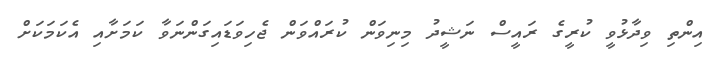
އިންތި ވިދާޅުވީ ކުރީގެ ރައީސް ނަޝީދު މިނިވަން ކުރައްވަން ޖެހިވަޑައިގަންނަވާ ކަމަށާއި އެކަމަކަށް